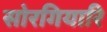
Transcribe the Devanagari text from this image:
सोरगियारि